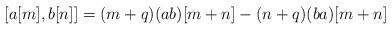
LaTeX: \begin{align*}[a[m],b[n]]=(m+q)(ab)[m+n]-(n+q)(ba)[m+n]\end{align*}